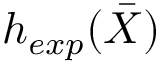
h _ { e x p } ( \bar { X } )